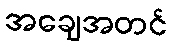
အချေအတင်